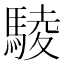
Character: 䮚